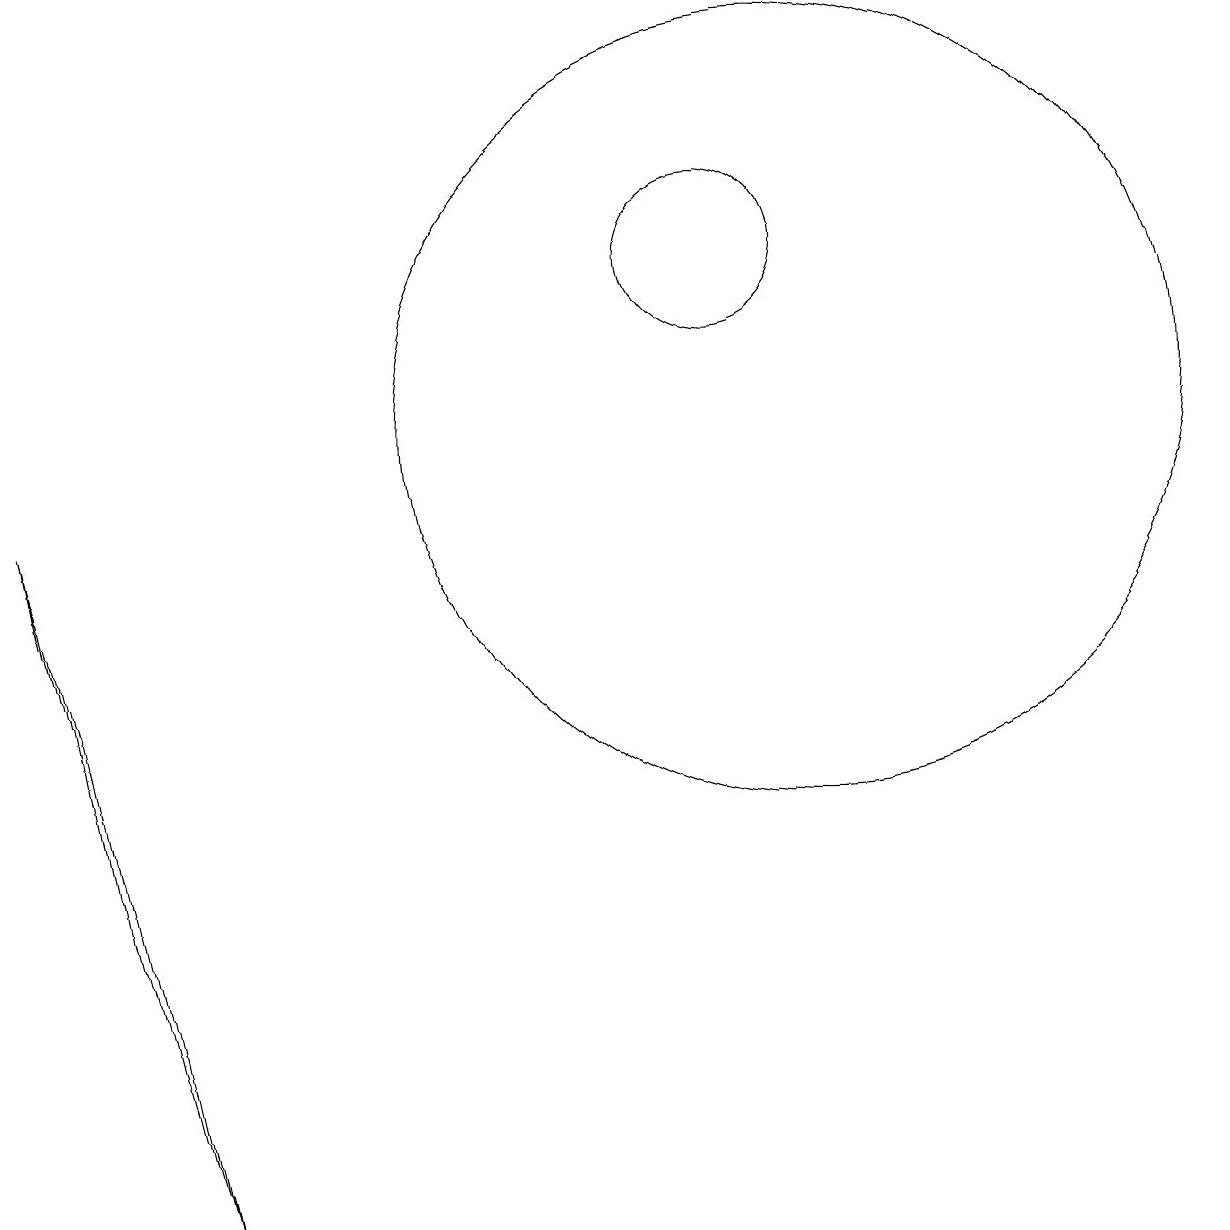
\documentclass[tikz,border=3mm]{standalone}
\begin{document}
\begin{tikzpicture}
\draw (10,12) circle (1);
\draw (11,10) circle (5);
\draw (3,0) -- (1,9) -- (2,4) -- cycle;
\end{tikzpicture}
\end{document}